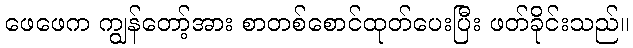
ဖေဖေက ကျွန်တော့်အား စာတစ်စောင်ထုတ်ပေးပြီး ဖတ်ခိုင်းသည်။